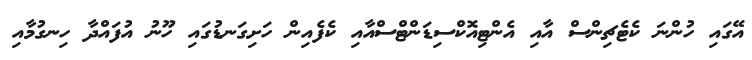
އޭގައި ހުންނަ ކެޓެޗިންސް އާއި އެންޓިއޮކްސިޑަންޓްސްއާއި ކެފެއިން ހަށިގަނޑުގައި ހޫނު އުފައްދާ ހިނގުމާއި